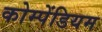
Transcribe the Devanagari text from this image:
कोम्पेंडियम